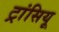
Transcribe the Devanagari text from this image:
ट्रांसियू